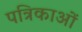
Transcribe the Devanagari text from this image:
पत्रिकाआें